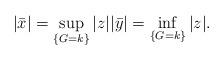
LaTeX: \begin{align*}|\bar x|=\sup_{\{G= k\}}|z| |\bar y|=\inf_{\{G=k\}}|z|.\end{align*}